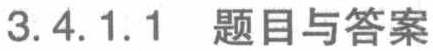
3.4.1.1 题目与答案